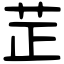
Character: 𦭒